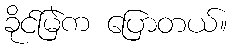
ခိုင်မြဲက ပြောတယ်။